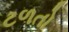
ટળતો